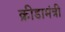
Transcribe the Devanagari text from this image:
क्रीडामंत्री